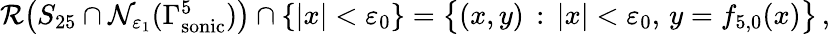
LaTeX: \begin{array}{r}{\mathcal{R}\big(S_{25}\cap\mathcal{N}_{\varepsilon_{1}}(\Gamma_{\mathrm{sonic}}^{5})\big)\cap\{ |x|<\varepsilon_{0}\} =\big\{ (x,y)\, :\, |x|<\varepsilon_{0},\, y={f}_{5,0}(x)\big\} \, ,}\end{array}